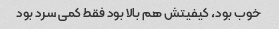
خوب بود، کیفیتش هم بالا بود فقط کمی سرد بود